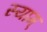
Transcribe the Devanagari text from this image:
स्याम्